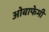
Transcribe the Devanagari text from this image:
ओबाफेमी